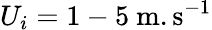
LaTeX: U_{i}=1-5~\mathrm{m.s^{-1}}